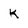
Character: K